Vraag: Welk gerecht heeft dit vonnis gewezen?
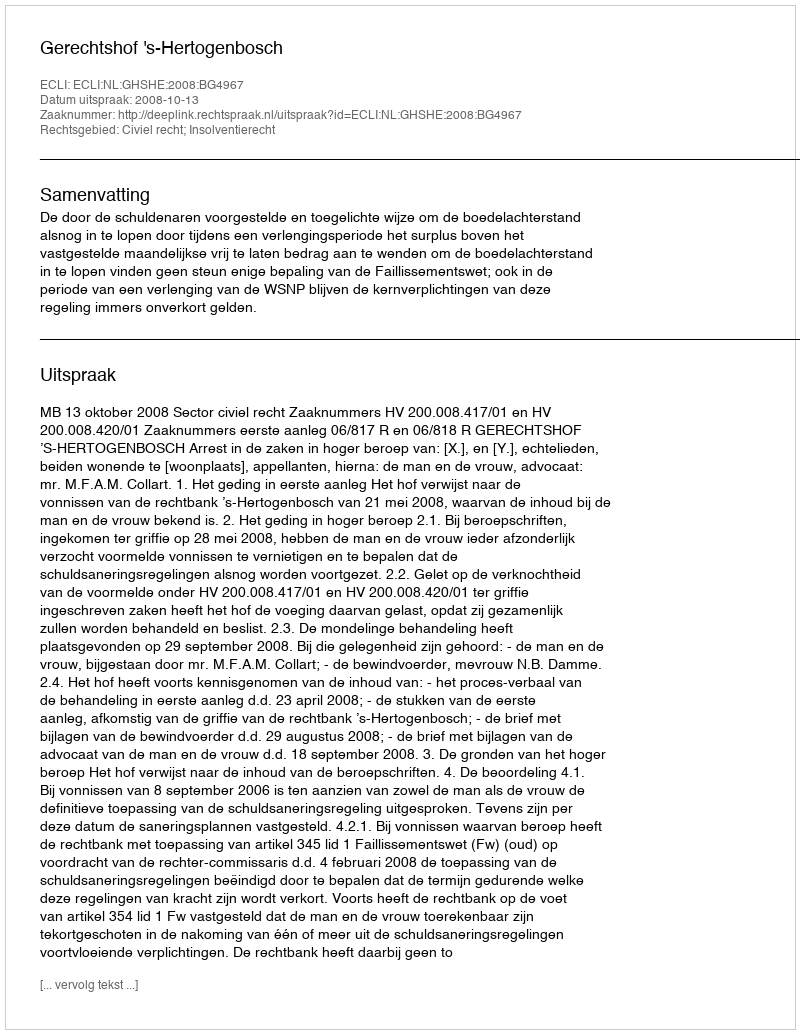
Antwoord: Gerechtshof 's-Hertogenbosch